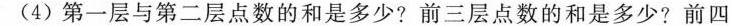
(4) 第一层与第二层点数的和是多少?前三层点数的和是多少?前四